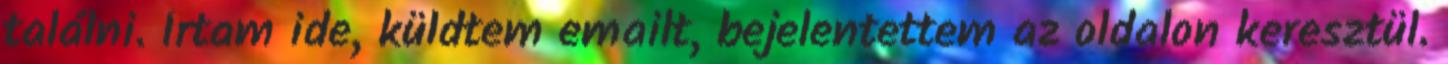
találni. Írtam ide, küldtem emailt, bejelentettem az oldalon keresztül.